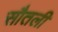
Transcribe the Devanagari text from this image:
सौतली